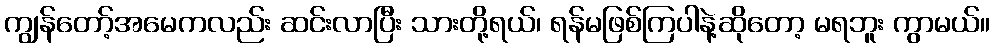
ကျွန်တော့်အမေကလည်း ဆင်းလာပြီး သားတို့ရယ်၊ ရန်မဖြစ်ကြပါနဲ့ဆိုတော့ မရဘူး ကွာမယ်။